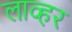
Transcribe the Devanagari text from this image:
लाव्हर